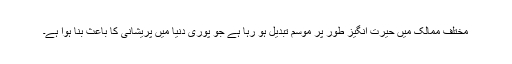
مختلف ممالک میں حیرت انگیز طور پر موسم تبدیل ہو رہا ہے جو پوری دنیا میں پریشانی کا باعث بنا ہوا ہے۔